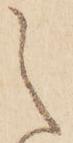
之